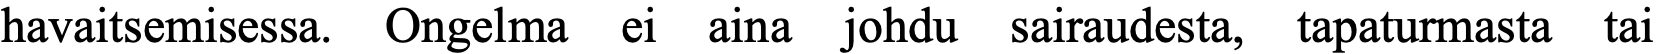
havaitsemisessa. Ongelma ei aina johdu sairaudesta, tapaturmasta tai